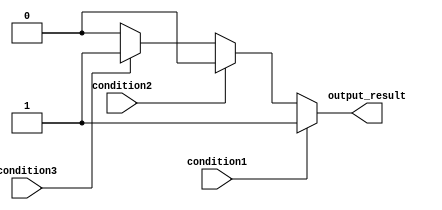
module multiple_if_else_statement(
    input wire condition1,
    input wire condition2,
    input wire condition3,
    output reg output_result
);

always @(*)
begin
    if(condition1)
    begin
        // Code block for condition1 being true
        output_result = 1;
    end
    else if(condition2)
    begin
        // Code block for condition2 being true
        output_result = 2;
    end
    else if(condition3)
    begin
        // Code block for condition3 being true
        output_result = 3;
    end
    else
    begin
        // Default code block if none of the conditions are met
        output_result = 0;
    end
end

endmodule